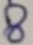
Text: 8